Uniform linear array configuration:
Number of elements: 24
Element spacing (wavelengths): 0.25
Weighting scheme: kaiser
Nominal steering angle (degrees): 15
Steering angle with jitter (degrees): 13.846
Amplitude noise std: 0.05
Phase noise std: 0.05

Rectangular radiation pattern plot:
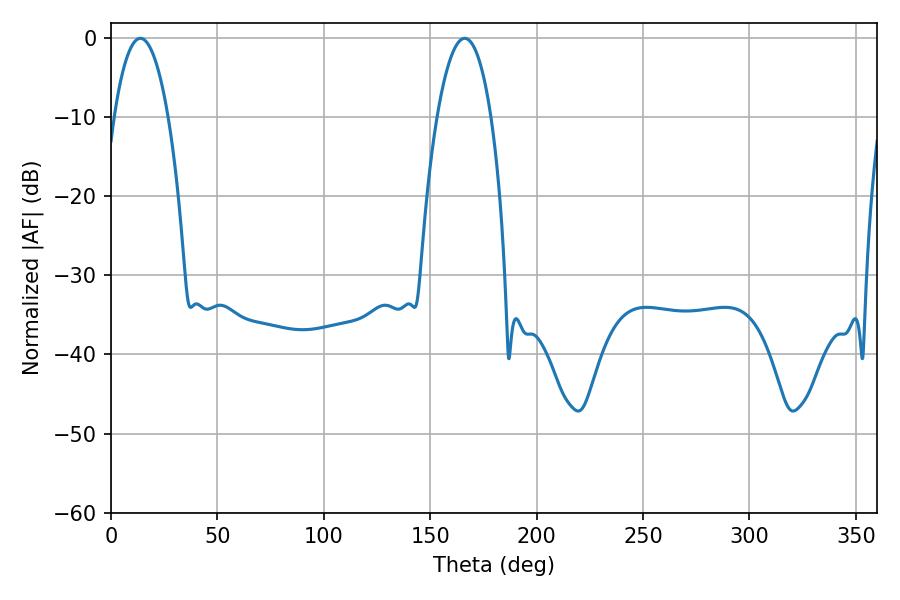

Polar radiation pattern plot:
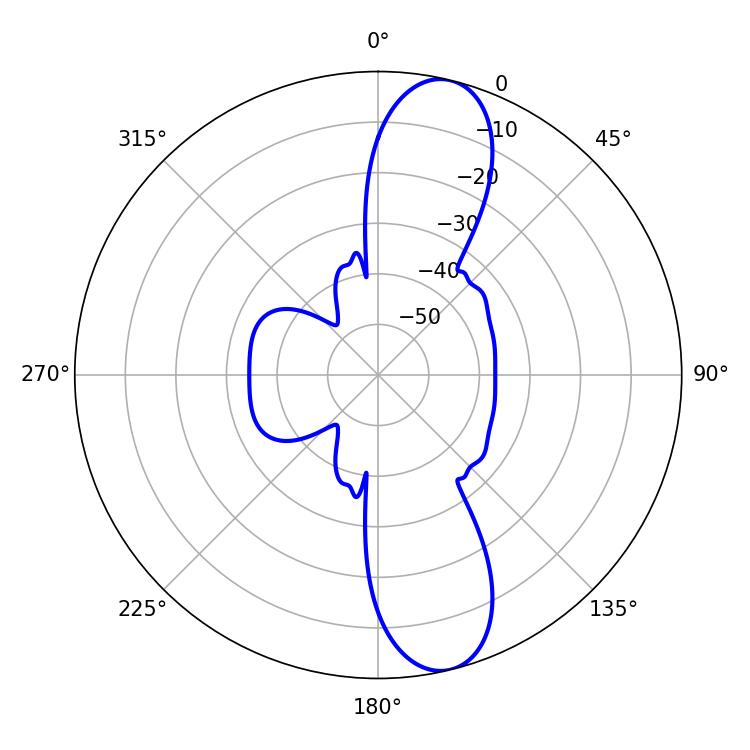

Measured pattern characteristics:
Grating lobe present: FALSE
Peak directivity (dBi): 11.993
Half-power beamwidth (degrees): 14.22
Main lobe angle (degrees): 13.86